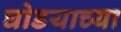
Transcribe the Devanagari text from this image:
घोडयाच्या